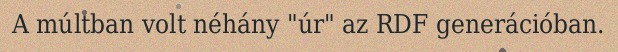
A múltban volt néhány "úr" az RDF generációban.